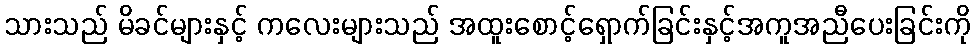
သားသည် မိခင်များနှင့် ကလေးများသည် အထူးစောင့်ရှောက်ခြင်းနှင့်အကူအညီပေးခြင်းကို